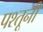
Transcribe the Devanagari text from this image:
पश्तूनी